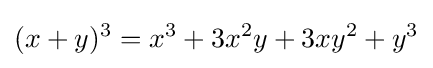
(x+y)^{3}=x^{3}+3x^{2}y+3xy^{2}+y^{3}